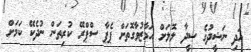
އަދި ނަޝީދުގެ ސީދާ ލޮލަށް އަމާޒުވާގޮތަށް ޕެޕާ ސްޕްރޭ ކުރިތަން ނުދެކޭ ކަމަށް